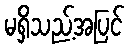
မရှိသည့်အပြင်